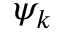
\psi _ { k }